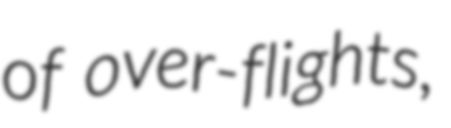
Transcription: of over-flights,